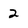
Character: 2